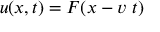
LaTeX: u ( x , t ) = F ( x - v \ t )